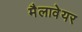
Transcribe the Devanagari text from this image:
मैलावेयर